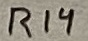
Text: R14